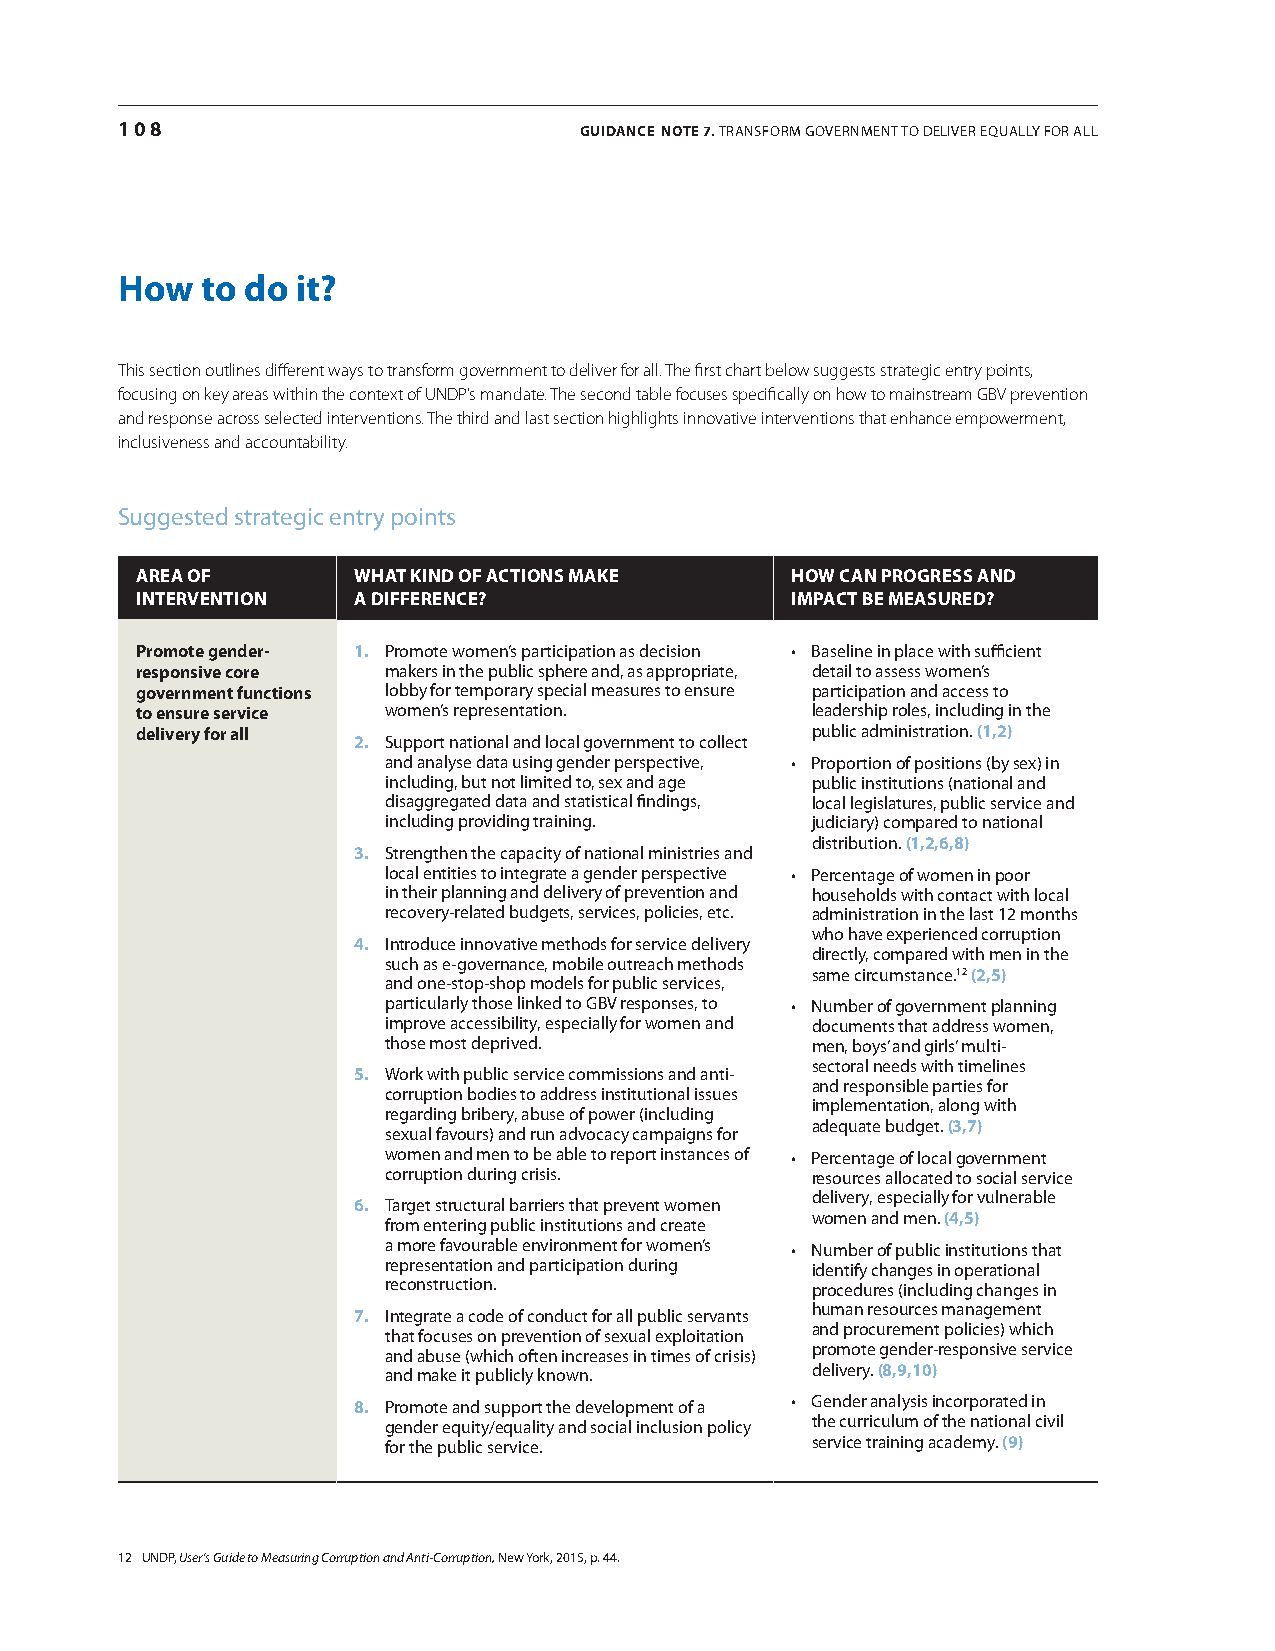
108                           GUIDANCE NotE 7. TraNSForM GoverNMeNT To Deliver eqUally For all
 How  to do  it?
 This section outlines different ways to transform government to deliver for all. The first chart below suggests strategic entry points,
 focusing on key areas within the context of UNDP’s mandate. The second table focuses specifically on how to mainstream GBV prevention
 and response across selected interventions. The third and last section highlights innovative interventions that enhance empowerment,
 inclusiveness and accountability.
 Suggested strategic entry points
 ArEA of       WhAt kIND of ACtIoNs mAkE    hoW CAN proGrEss AND
 INtErvENtIoN  A DIffErENCE?                ImpACt bE mEAsUrED?
 Promote gender- 1. Promote women’s participation as decision • Baseline in place with sufficient
 responsive core  makers in the public sphere and, as appropriate, detail to assess women’s
 government functions lobby for temporary special measures to ensure participation and access to
 to ensure service women’s representation.    leadership roles, including in the
 delivery for all                             public administration. (1,2)
 2. Support national and local government to collect
 and analyse data using gender perspective, • Proportion of positions (by sex) in
 including, but not limited to, sex and age public institutions (national and
 disaggregated data and statistical findings, local legislatures, public service and
 including providing training. judiciary) compared to national
 distribution. (1,2,6,8)
 3. Strengthen the capacity of national ministries and
 local entities to integrate a gender perspective • Percentage of women in poor
 in their planning and delivery of prevention and households with contact with local
 recovery-related budgets, services, policies, etc. administration in the last 12 months
 who have experienced corruption
 4. introduce innovative methods for service delivery
 directly, compared with men in the
 such as e-governance, mobile outreach methods
 same circumstance.12 (2,5)
 and one-stop-shop models for public services,
 particularly those linked to GBv responses, to • Number of government planning
 improve accessibility, especially for women and documents that address women,
 those most deprived.        men, boys’ and girls’ multi-
 sectoral needs with timelines
 5. Work with public service commissions and anti-
 and responsible parties for
 corruption bodies to address institutional issues
 implementation, along with
 regarding bribery, abuse of power (including
 adequate budget. (3,7)
 sexual favours) and run advocacy campaigns for
 women and men to be able to report instances of • Percentage of local government
 corruption during crisis.   resources allocated to social service
 delivery, especially for vulnerable
 6. Target structural barriers that prevent women
 women and men. (4,5)
 from entering public institutions and create
 a more favourable environment for women’s • Number of public institutions that
 representation and participation during identify changes in operational
 reconstruction.             procedures (including changes in
 human resources management
 7. integrate a code of conduct for all public servants
 and procurement policies) which
 that focuses on prevention of sexual exploitation
 promote gender-responsive service
 and abuse (which often increases in times of crisis)
 and make it publicly known. delivery. (8,9,10)
 8. Promote and support the development of a • Gender analysis incorporated in
 gender equity/equality and social inclusion policy the curriculum of the national civil
 for the public service.     service training academy. (9)
 12 UNDP, User’s Guide to Measuring Corruption and Anti-Corruption, New york, 2015, p. 44.